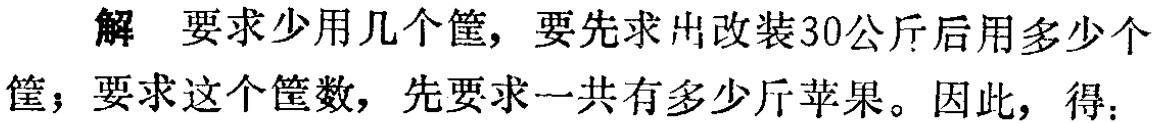
解 要求少用几个筐，要先求出改装30公斤后用多少个筐；要求这个筐数，先要求一共有多少斤苹果。因此，得：